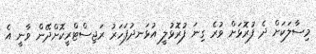
މިސާލަކަށް ދެ ފުރޮޅަށް ވުރެ ގިނަ ފުރޮޅުލީ އުޅަނދުފަހަރު ރަޖިސްޓްރީކޮށްދޭން ވާނީ އެ